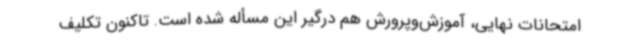
امتحانات نهایی، آموزش‌وپرورش هم درگیر این مسأله شده است. تاکنون تکلیف